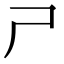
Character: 𡰣